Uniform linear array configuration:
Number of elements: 12
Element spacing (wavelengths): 0.5
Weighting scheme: binomial
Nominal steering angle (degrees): -45
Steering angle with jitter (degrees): -44.348
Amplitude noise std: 0.05
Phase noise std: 0.05

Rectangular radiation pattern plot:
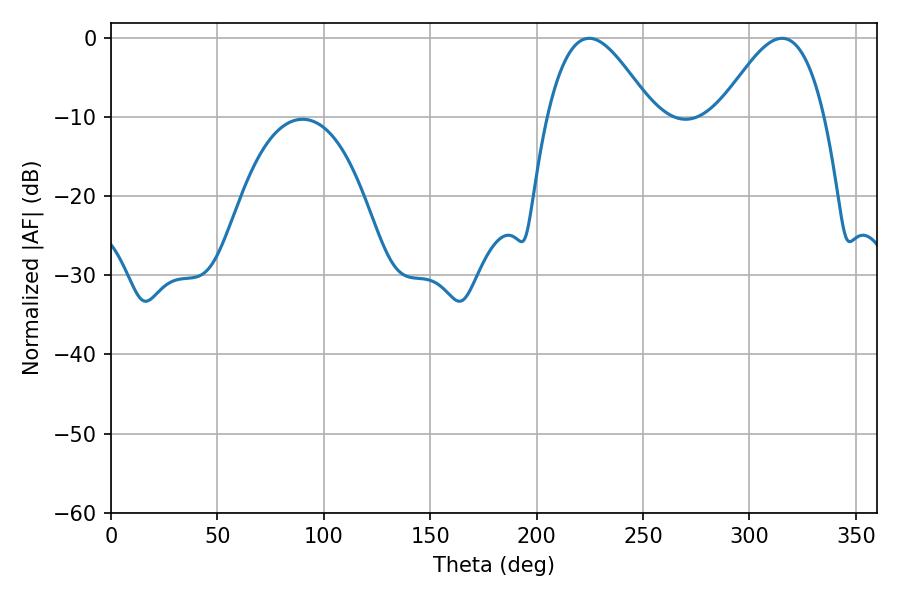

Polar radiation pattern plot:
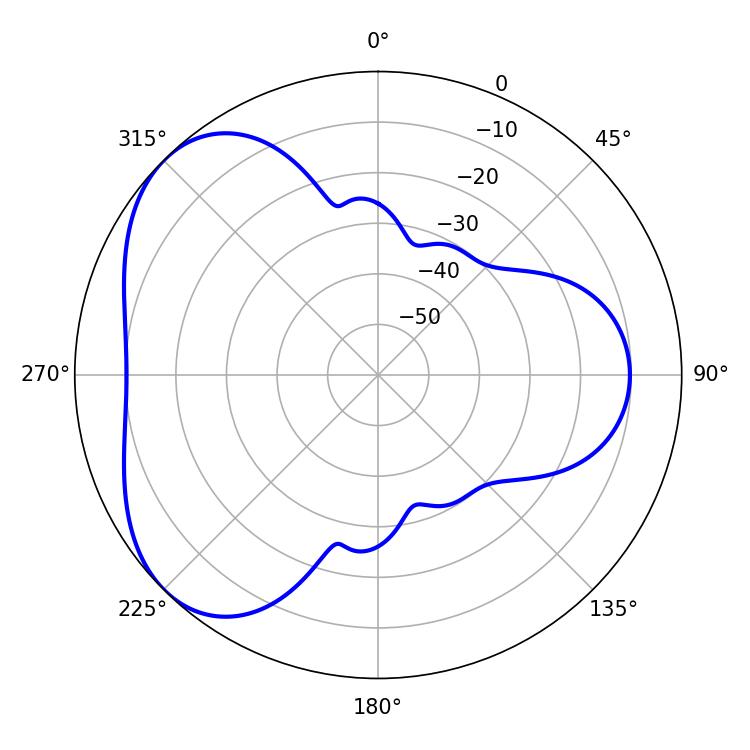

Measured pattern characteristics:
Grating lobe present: FALSE
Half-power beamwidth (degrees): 26.64
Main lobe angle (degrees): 224.64